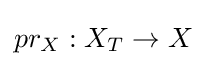
pr_{X}:X_{T}\to X